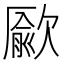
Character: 𣤔